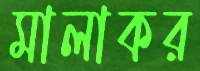
মালাকর